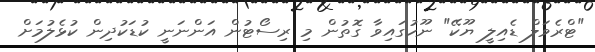
"ޓްރެވަލް ޑެއިލީ ޔޫކޭ" ނޫހުގައިވާ ގޮތުން މި ރިސޯޓުން އަންނަނީ ކުޑަކުދިން ކުޅެލުމަށް